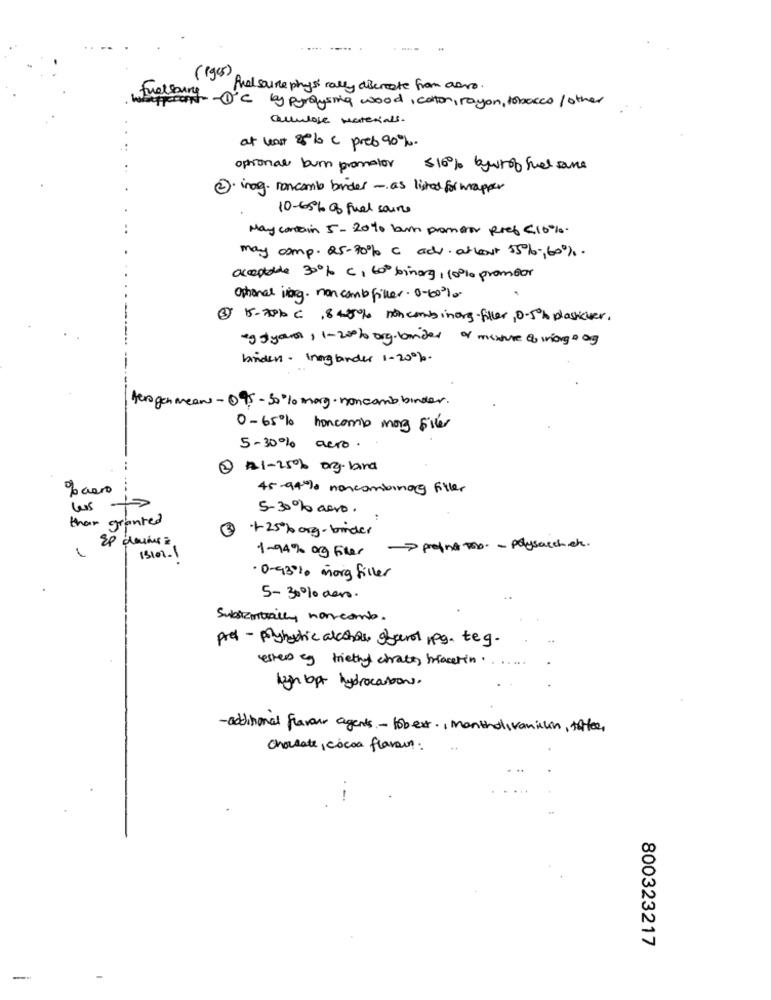
(19os)
And source physically disercate from aero.
Fuellung
Expect -1'C by pyrolysing wood, coton, rayon, tobacco/ other
alculose materials.
at least 25% c preb 90%.
optional burn promotor 516% bywrof fuel save
2. inog. noncomb brider - as listed for mapper
10-65% of fuel soins
May contain 5- 2010 burn promorar pref (10%.
may comp. 25-70% C adv. afloat 55%, 60%.
acceptable 30% C, 600 binorg, 10% promBar
Ophanal ivorg. non comb filler. 0-60%
2 5.7% C ,845% noncombinorg-filler, 0.5% plasicher.
egy yer, 1-20% org.border of mixture of inorge og
binden . Inenglander 1-20%.
Aerogen means - 095 -30% mary. noncomb binder.
0-65% honcomb mag filer
5-30% acro.
2 #1-25% org-band
%aero
45-94% noncombinog filler
5-30% aero.
than granted
+25% org- binder
1-94% org Filer profn& Too. - polysacchet.
13102.1
. 0-93% morg filler
5-30% dero.
Substantially norcom.
pref - pryhectic alcohols ofart rpg. teg.
estes og triethy chrates hacerin .......
ligh bpt hydrocarbons.
-additional flavour agents - tobert ., Montholivanillin, toffee,
Chordate, cocoa flavour:
800323217
-